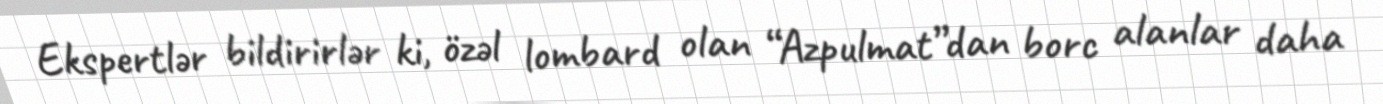
Ekspertlər bildirirlər ki, özəl lombard olan “Azpulmat”dan borc alanlar daha